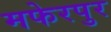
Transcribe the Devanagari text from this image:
मफेरपुर